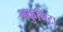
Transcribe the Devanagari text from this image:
अकुमिंटा